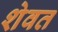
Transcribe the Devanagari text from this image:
शेवत